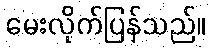
မေးလိုက်ပြန်သည်။